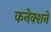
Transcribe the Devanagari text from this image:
कनेक्शने